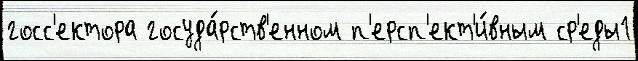
госс'ектора госуда́рств'енном п'ерсп'ект'и́вным ср'еды1